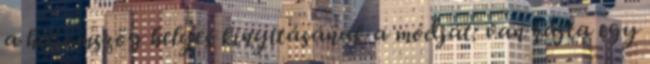
a háromszög helyes kinyitásának a módját: van rajta egy